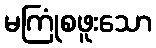
မကြုံစဖူးသော